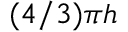
( 4 / 3 ) \pi h